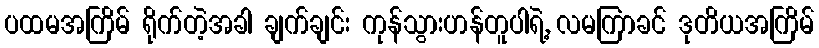
ပထမအကြိမ် ရိုက်တဲ့အခါ ချက်ချင်း ကုန်သွားဟန်တူပါရဲ့, လမကြာခင် ဒုတိယအကြိမ်